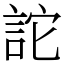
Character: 詑